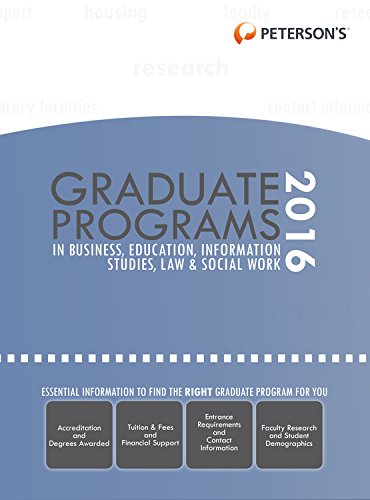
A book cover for Graduate Programs in Business, Education, Information Studies, Law & Social Work 2016 (Peterson's Graduate Programs in Business, Education, Health, Information Studies, Law and Social Work); Peterson's; Education & Teaching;